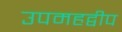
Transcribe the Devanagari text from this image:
उपमहद्वीप